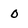
Character: 0